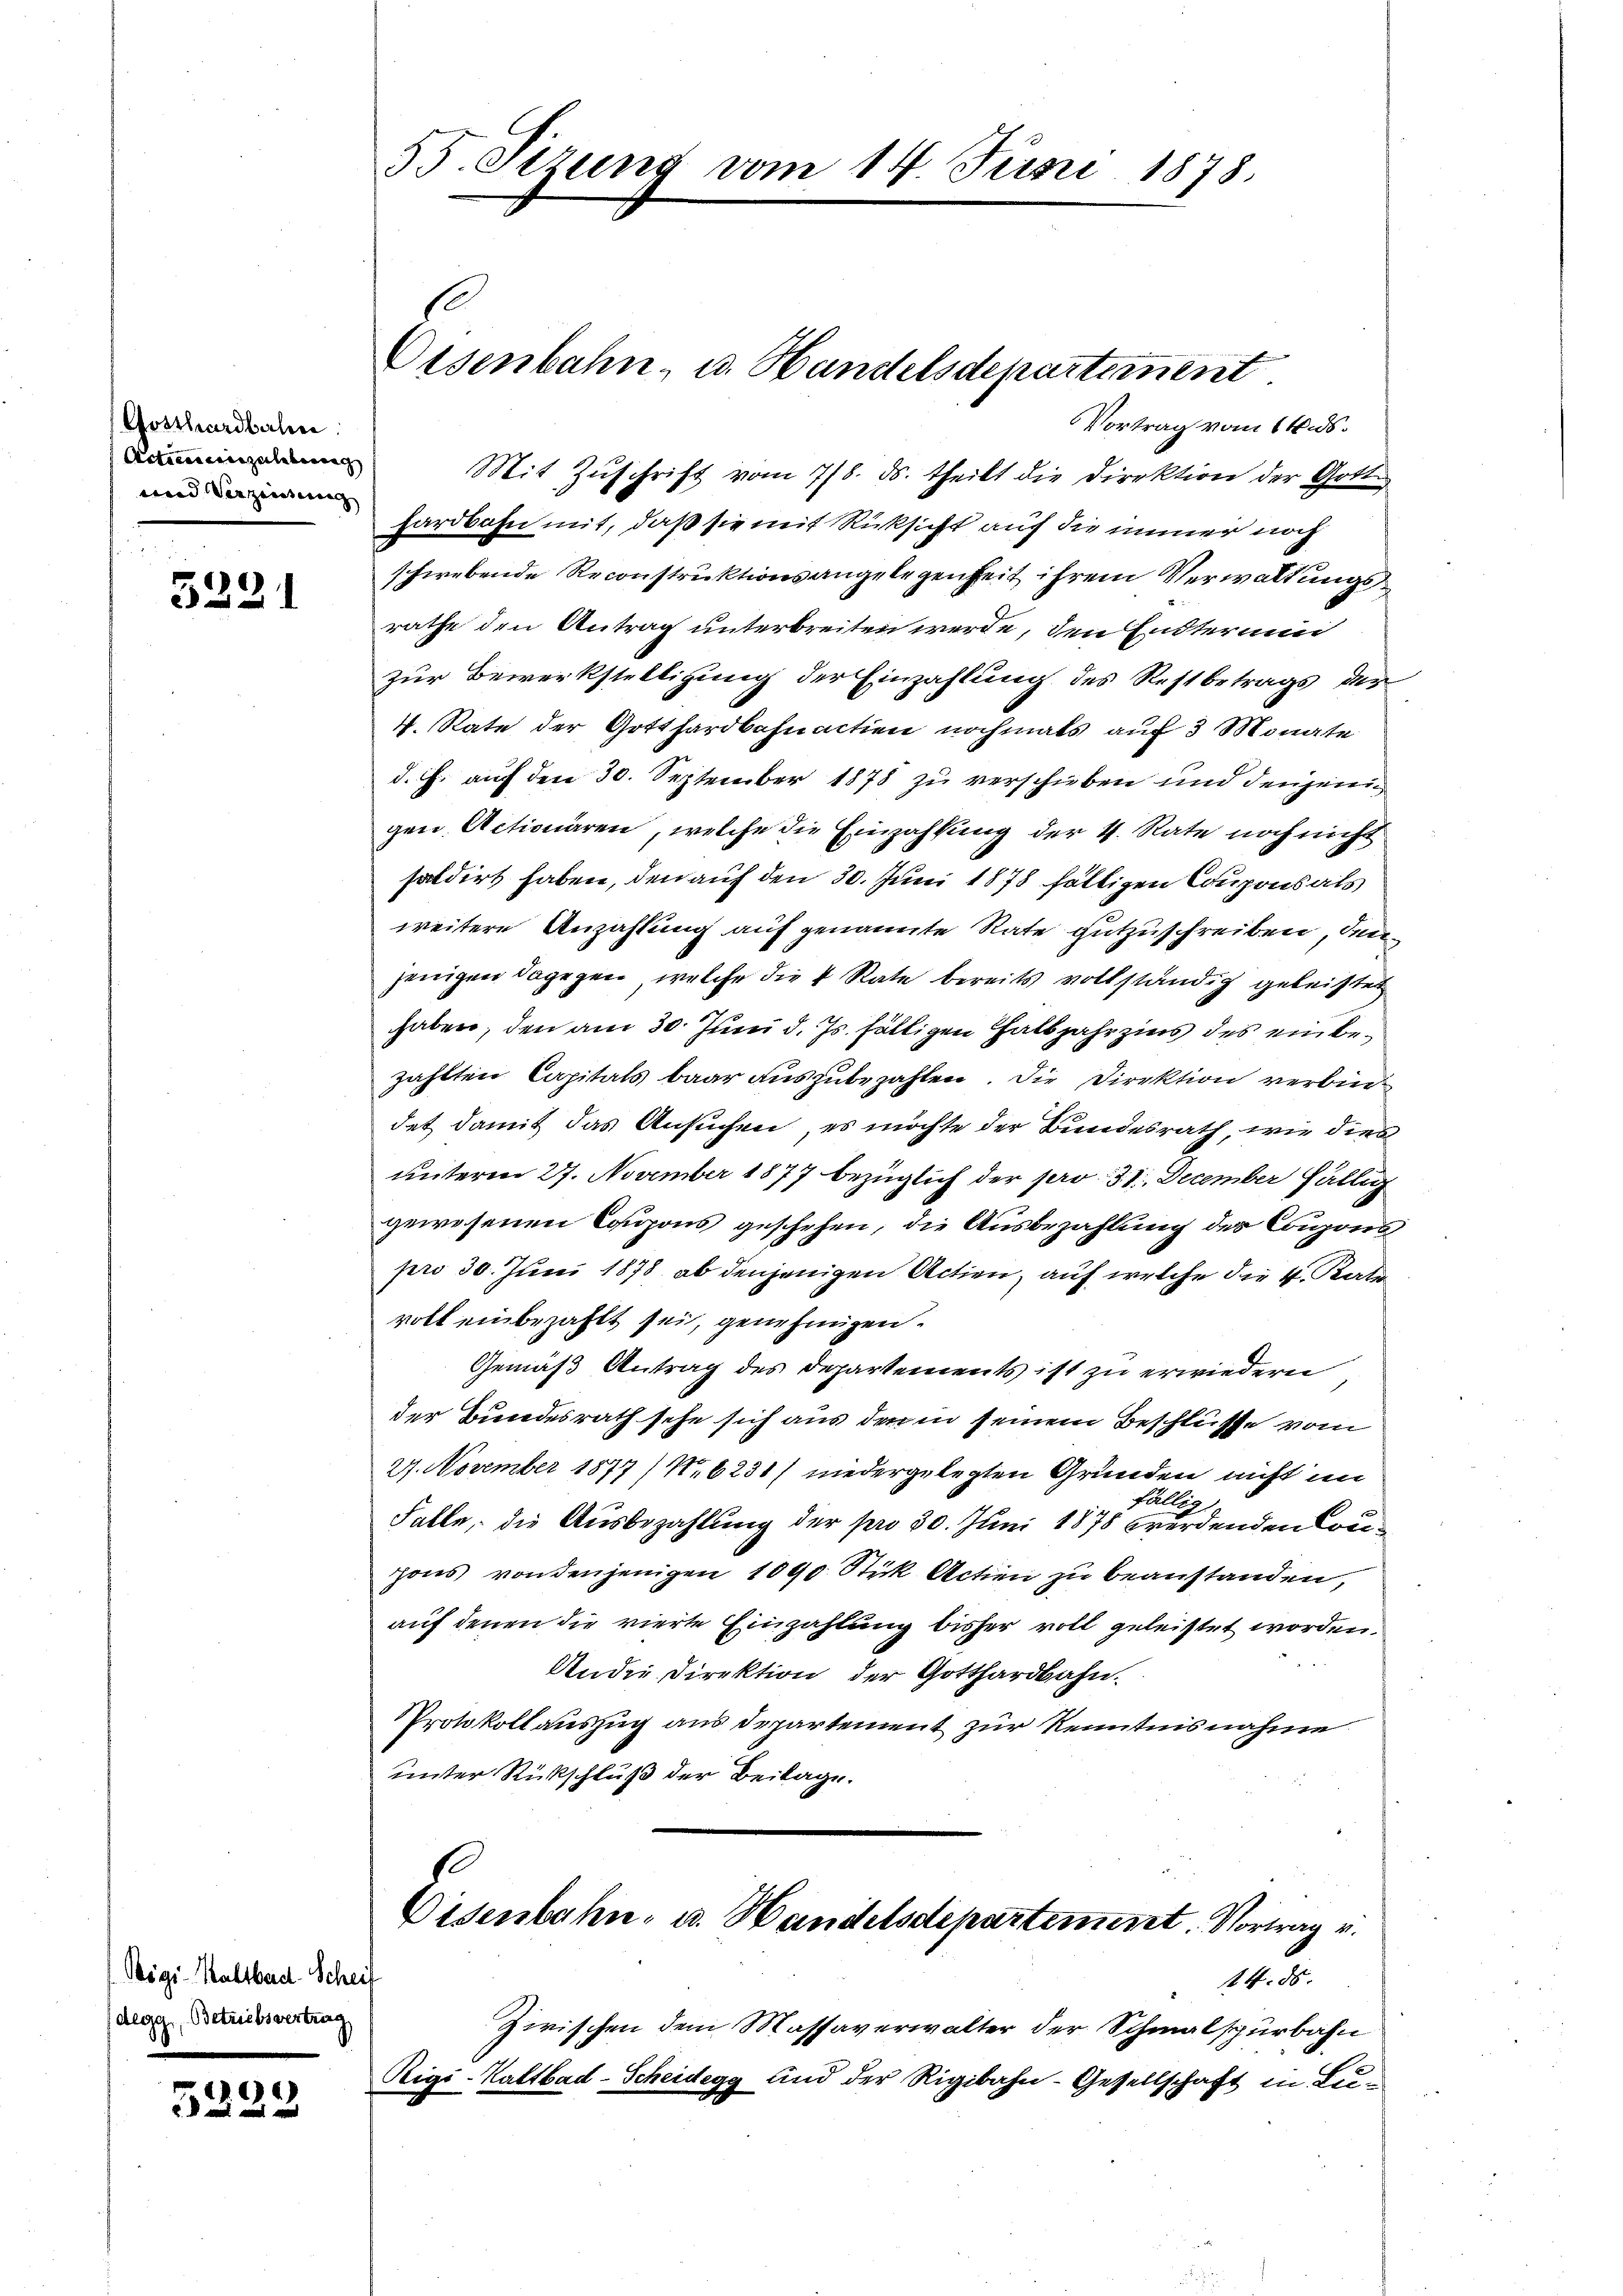
Gosthardbahn
Actien einzulebeng
eund Verzeigung |

5221

Rigi-Kaltbard-Scheif
degg, Betriebsvertrag

5229

55. Sizung vom 14. Juni 1878.

Eisenbahn, u. Handelsdepartement

Vortrag vom 14. ds.
Mit Zuschrift vom 7/8. ds. theilt die Direktion der Gott.
hardbahn mit, daß sie mit Rücksicht auf die immer noch
schwebende Reconstruktionsangelegenheit ihrem Verwaltungsrathe den Antrag unterbreiten werde, den Endterung
zur Bewerkstelligung der Einzahlung des Restbetrags der
4. Rate der Gotthardbahnaction nochmals auf 3 Monate
d. J. auf den 30. September 1878 zu verschieben und denjenig
gen Actionären, welche die Einzahlung der 4. Rate noch nicht
saldirt haben, den auf den 30. Juni 1878 fälligen Coupons als
weitere Anzahlung auf genannte Rate gutzuschreiben, den
jenigen dagegen, welche die 4 Rate bereits vollständig geleistet
haben, den am 30. Juni d. Js. fälligen halbjahrzins des ein bezählten Capitals baar auszubezahlen. Die Direktion verbindet damit das Ansuchen, es möchte der Bundesrath, wie dies
unterm 27. November 1877 bezüglich der pro 31. December fällig
gewesenen Coupons geschehen, die Ausbezahlung des Canons
pro 30. Juni 1878 ab denjenigen Actien, auf welche die v. Rati
voll einbezahlt sei, genehmigen.
Gemäß Antrag des Departements ist zu erwiedern
der Bundesrath sehe sich aus den in seinem Beschlüsse vom
27. November 1877/ N.6231/ niedergelegten Gründen nicht im
fällig,
Falle, die Ausbezahlung der pro 30. Juni 1878 werdenden Conons von denjenigen 1000 Stick Actien zu beanstanden,
auf denen die vierte Einzahlung bisher voll geleistet worden.
An die Direktion der Gotthardbahn.
Protokollauszug aus Departement zur Kenntnisnahme
unter Rückschluß der Beilage.
Eisenbahn- u. Handelsdepartement. Vortrag v.
44. 85. |
Zirischen dem Massaverwalter der Schmalspurbahn
Rigi-Kaltbad-Scheidegg und der Rigibahn-Gesellschaft in Lu¬